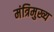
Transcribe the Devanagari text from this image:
मंत्रिमुख्य